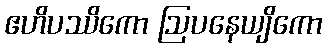
ဧဟိပဿိကော ဩပနေယျိကော